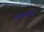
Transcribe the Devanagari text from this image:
सामतंवाद